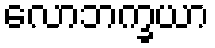
လောဘက္ခယာ